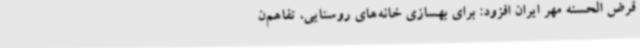
قرض الحسنه مهر ایران افزود: برای بهسازی خانه‌های روستایی، تفاهم‌ن